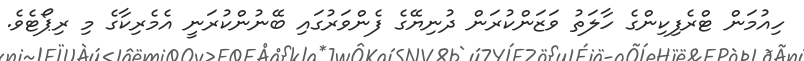
ހިއުމަން ޓްރެފިކިންގެ ހާލަތު ވަޒަންކުރަން ދުނިޔޭގެ ފެންވަރުގައި ބޭނުންކުރަނީ އެމެރިކާގެ މި ރިޕޯޓެވެ.